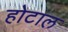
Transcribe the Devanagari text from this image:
होटाल